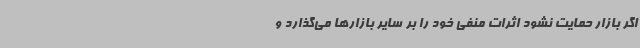
اگر بازار حمایت نشود اثرات منفی خود را بر سایر بازارها می‌گذارد و